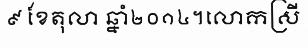
៩ ខែតុលា ឆ្នាំ២០១៤។លោកស្រី